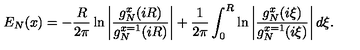
E _ { N } ( x ) = - { \frac { R } { 2 \pi } } \ln \left| { \frac { g _ { N } ^ { x } ( i R ) } { g _ { N } ^ { x = 1 } ( i R ) } } \right| + { \frac { 1 } { 2 \pi } } \int _ { 0 } ^ { R } \ln \left| { \frac { g _ { N } ^ { x } ( i \xi ) } { g _ { N } ^ { x = 1 } ( i \xi ) } } \right| d \xi .